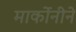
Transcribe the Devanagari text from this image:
मार्कोनीने